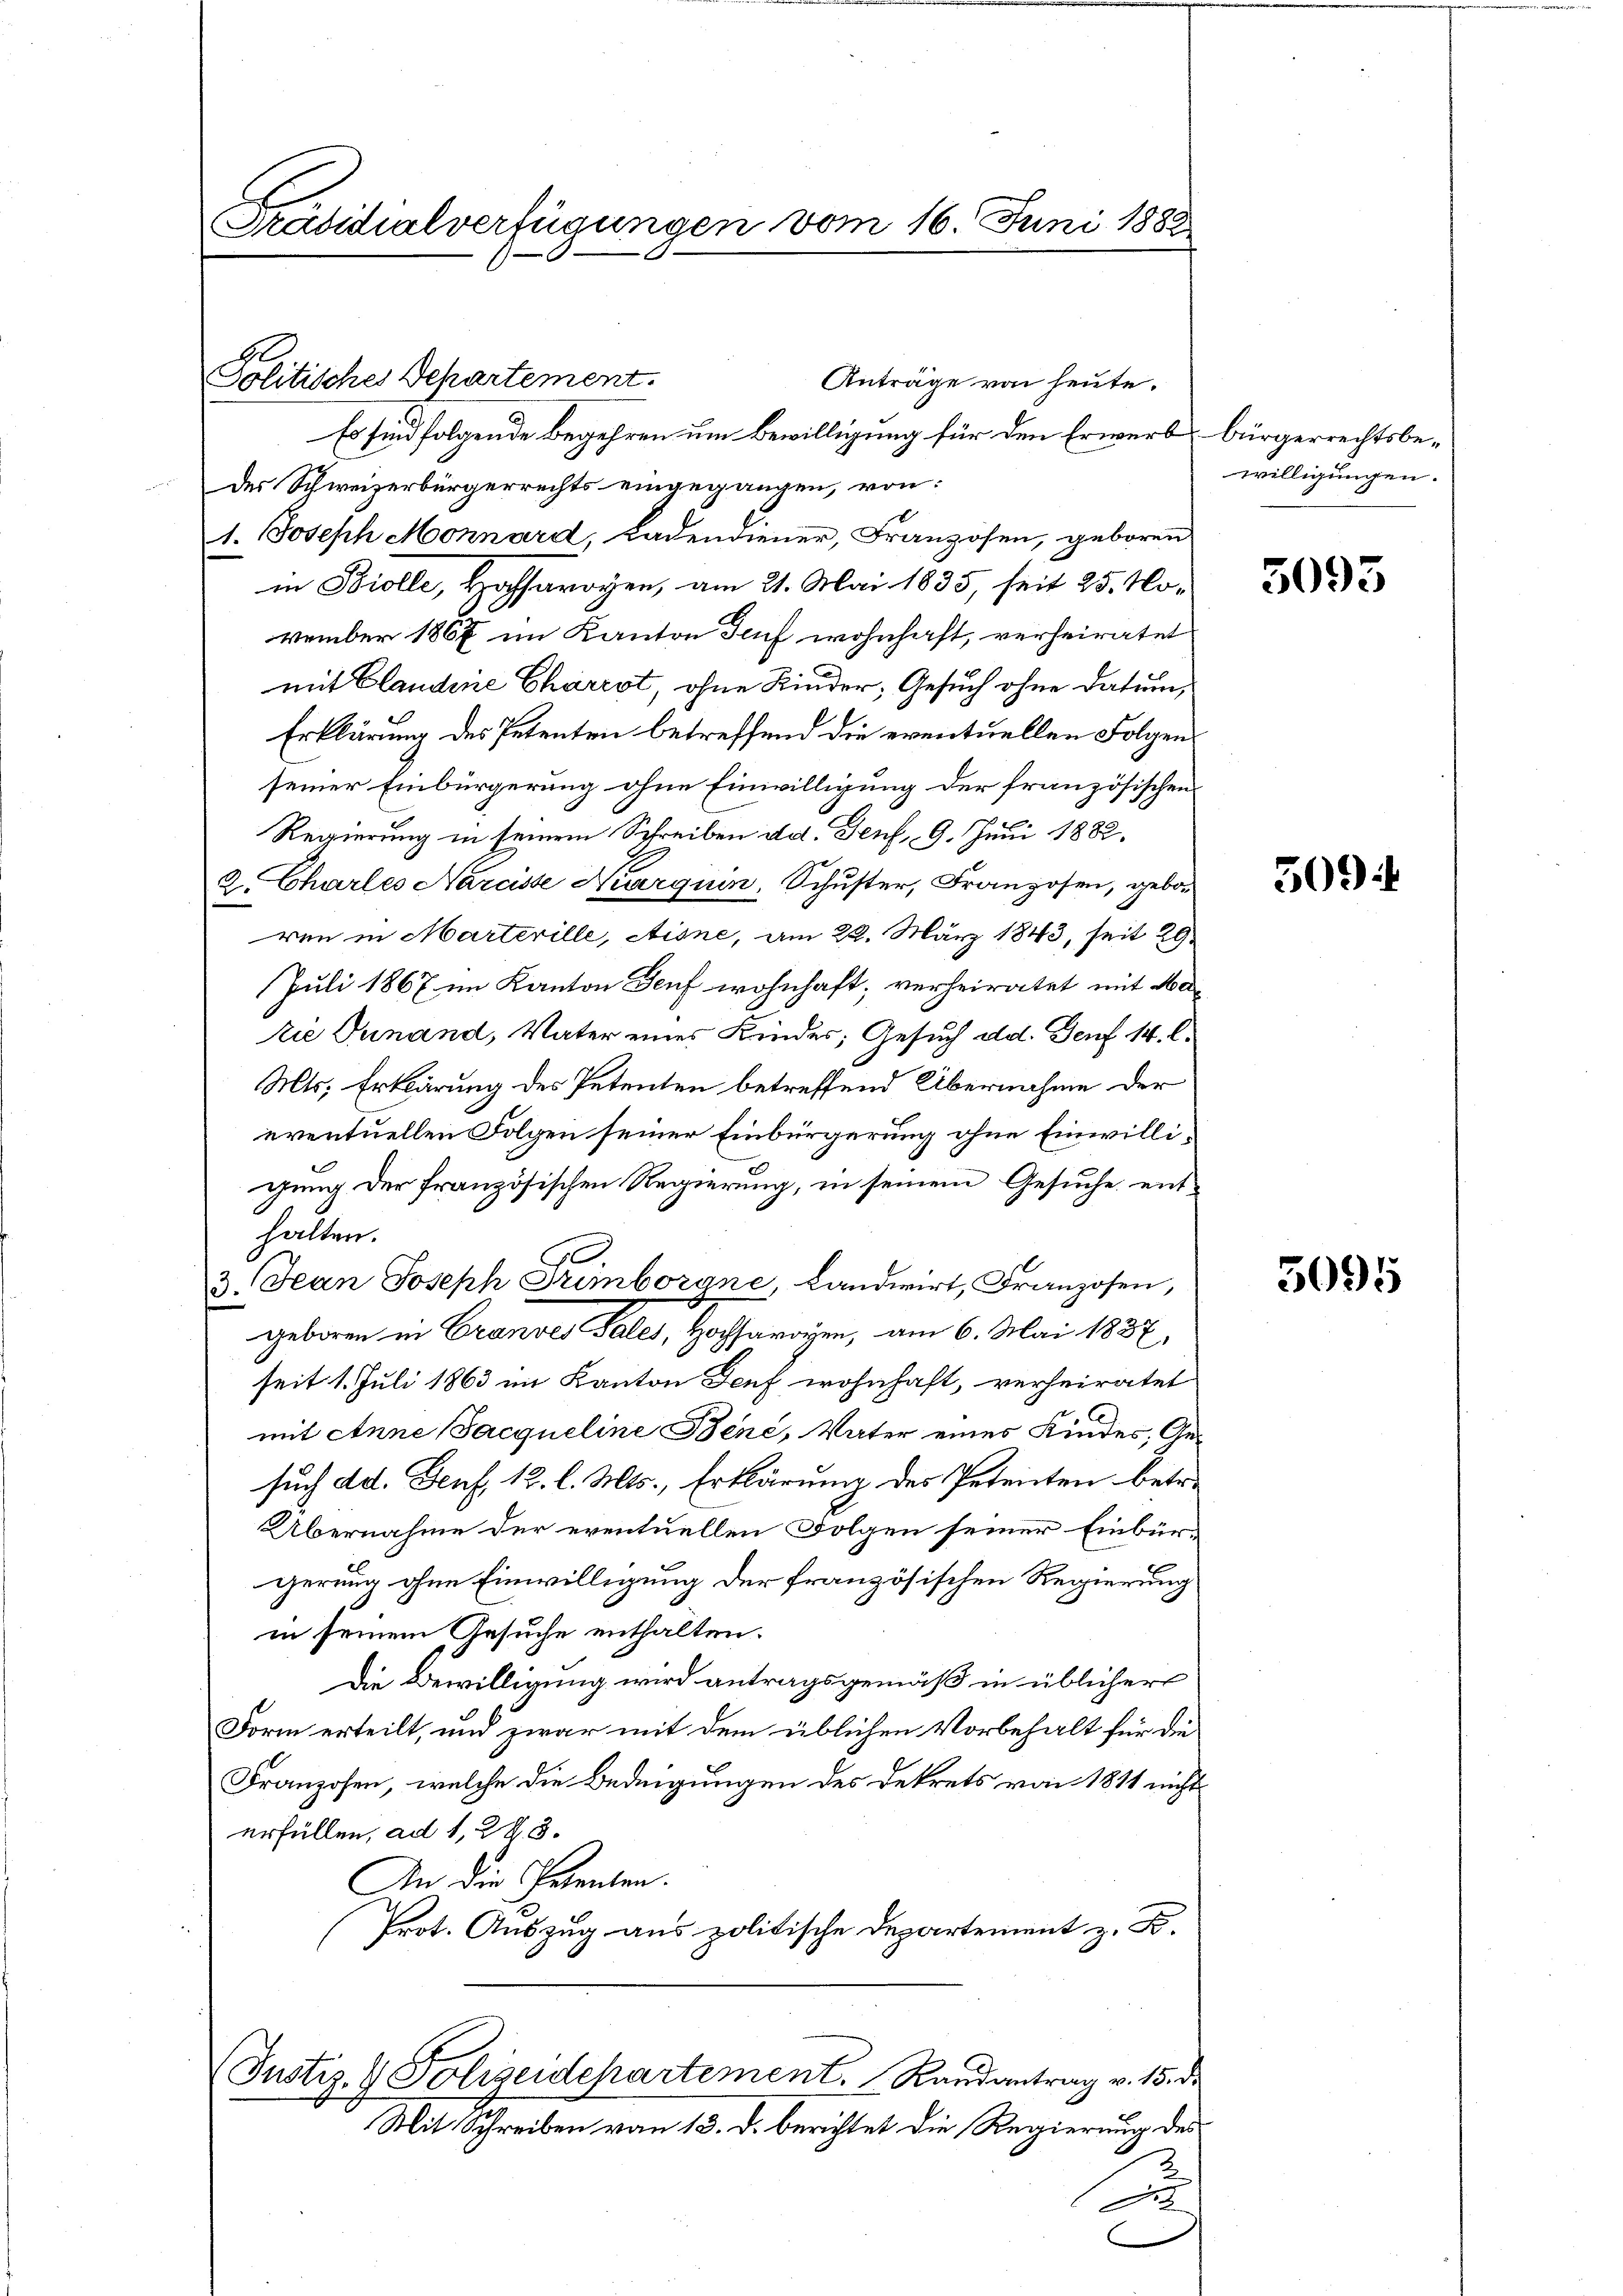
Präsidialverfügungen vom 16. Juni 1882
d

Politisches Departement.

Anträge von heute.
Es sind folgende begehren um Bewilligung für den Erwerb bürgerrechtsbedes Schweizerbürgerrechts eingegangen, von:
1. Joseph Mornard, Ladendiener, Franzosen, geboren
in Biolle, Hochfarrgen, am 21. Mai 1835, seit 25. November 1867 im Kanton Genf wohnhaft, verheiratet
mit Claudine Charest, ohne Kinder, Gesuch ohne Datum,
Erklärung des Petenten betreffend die eventuellen Folgenseiner Einbürgerung ohne Einwilligung der französischen
Regierung in seinem Schreiben dd. Genf, 9. Juni 1882.
2. Charles Narcisse Narquin, Schuster, Franzosen, geboren in Marterille, Aisne, am 22. März 1843, seit 29
Juli 1867 im Kanton Genf wohnhaft; verheiratet mit Matie Tunand, Vater eines Kindes; Gesuch dd. Genf 14. l.
Mts. Erklärung des Petenten betreffend Übernahme der
eventuellen Folgen seiner Einbürgerung ohne Einwilligung der französischen Regierung, in seinem Gesuche enthalten.
.
3. Jean Joseph Grimborene Landwirt, Franzosen,
geboren in Grandes Tales, Hochsarogen, am 6. Mai 1837.
seit 1. Juli 1863 im Kanton Genf wohnhaft, verheiratet
mit Anne (Sacqueline Bene, Vater eines Kindes, Gesuch ad. Genf, 12. l. Mts., Erklärung des Petenten betr.
Übernahme der eventuellen Folgen seiner Einbürgerung ohne Einwilligung der französischen Regierung
in seinem Gesuche enthalten.
Die Bewilligung wird antragsgemäß in üblicher
Form erteilt, und zwar mit dem üblichen Vorbehalt für die
Franzosen, welche die Bedigungen des Dekrets von 1811 nichts
erfüllen, ad 1, 2. 3.
An die Prenten.
Prot. Auszug aus politische Departement z. B.
(Justiz- & Polizeidepartement. Randantrag v. 15. d.
Mit Schreiben vom 13. d. berichtet die Regierung des
A
C

willigungen.

5093

509

5095